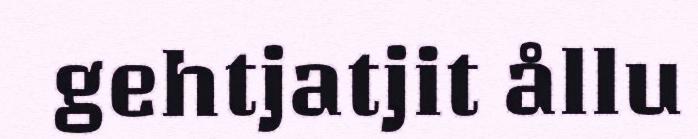
gehtjatjit ållu